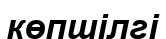
көпшілгі